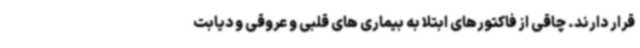
قرار دارند. چاقی از فاکتورهای ابتلا به بیماری های قلبی و عروقی و دیابت